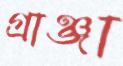
গ্রাঞ্জা